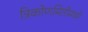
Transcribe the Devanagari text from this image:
त्रिकोणमितीमध्ये